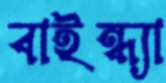
বাইন্ধ্যা